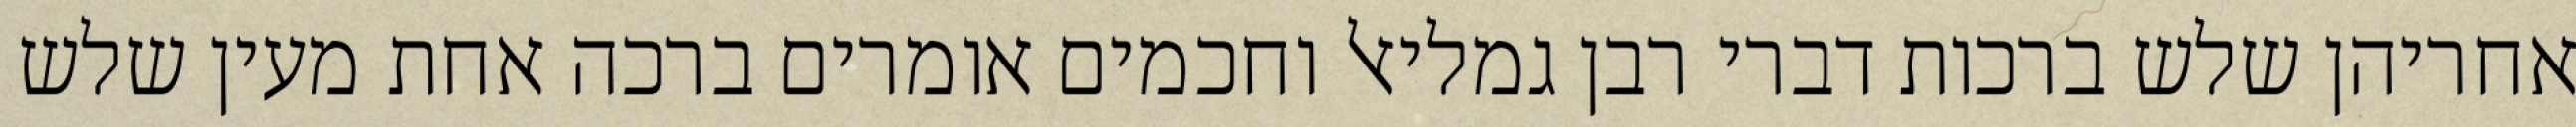
אחריהן שלש ברכות דברי רבן גמליאל וחכמים אומרים ברכה אחת מעין שלש